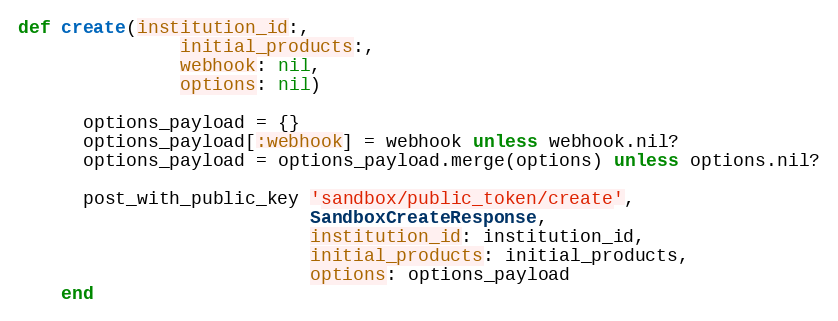
Language: Ruby
def create(institution_id:,
               initial_products:,
               webhook: nil,
               options: nil)

      options_payload = {}
      options_payload[:webhook] = webhook unless webhook.nil?
      options_payload = options_payload.merge(options) unless options.nil?

      post_with_public_key 'sandbox/public_token/create',
                           SandboxCreateResponse,
                           institution_id: institution_id,
                           initial_products: initial_products,
                           options: options_payload
    end